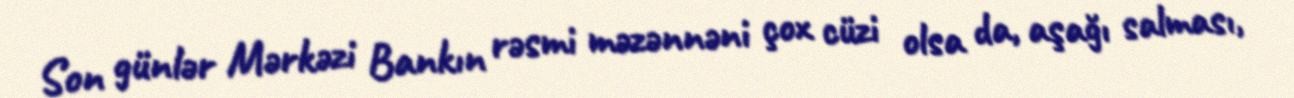
Son günlər Mərkəzi Bankın rəsmi məzənnəni çox cüzi olsa da, aşağı salması,